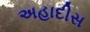
અહાદીસ